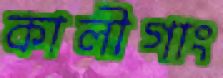
কালীগাং